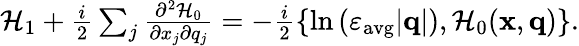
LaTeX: \begin{array}{r}{\mathcal{H}_{1}+\frac{i}{2}\sum_{j}\frac{\partial^{2}\mathcal{H}_{0}}{\partial x_{j}\partial q_{j}}=-\frac{i}{2}\left\{ \ln{(\varepsilon_{\mathrm{avg}}|\mathbf{q}|)},\mathcal{H}_{0}(\mathbf{x},\mathbf{q})\right\} .}\end{array}